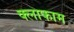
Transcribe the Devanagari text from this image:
क्लाफाम